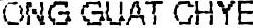
ONG GUAT CHYE